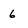
Character: 6